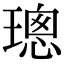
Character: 璁